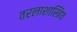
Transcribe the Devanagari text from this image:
तरलाशास्त्रिय